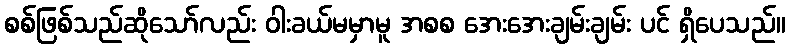
စစ်ဖြစ်သည်ဆိုသော်လည်း ဝါးခယ်မမှာမူ အစစ အေးအေးချမ်းချမ်း ပင် ရှိပေသည်။